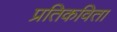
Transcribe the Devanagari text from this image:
प्रतिकविता